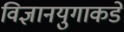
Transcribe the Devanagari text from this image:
विज्ञानयुगाकडे